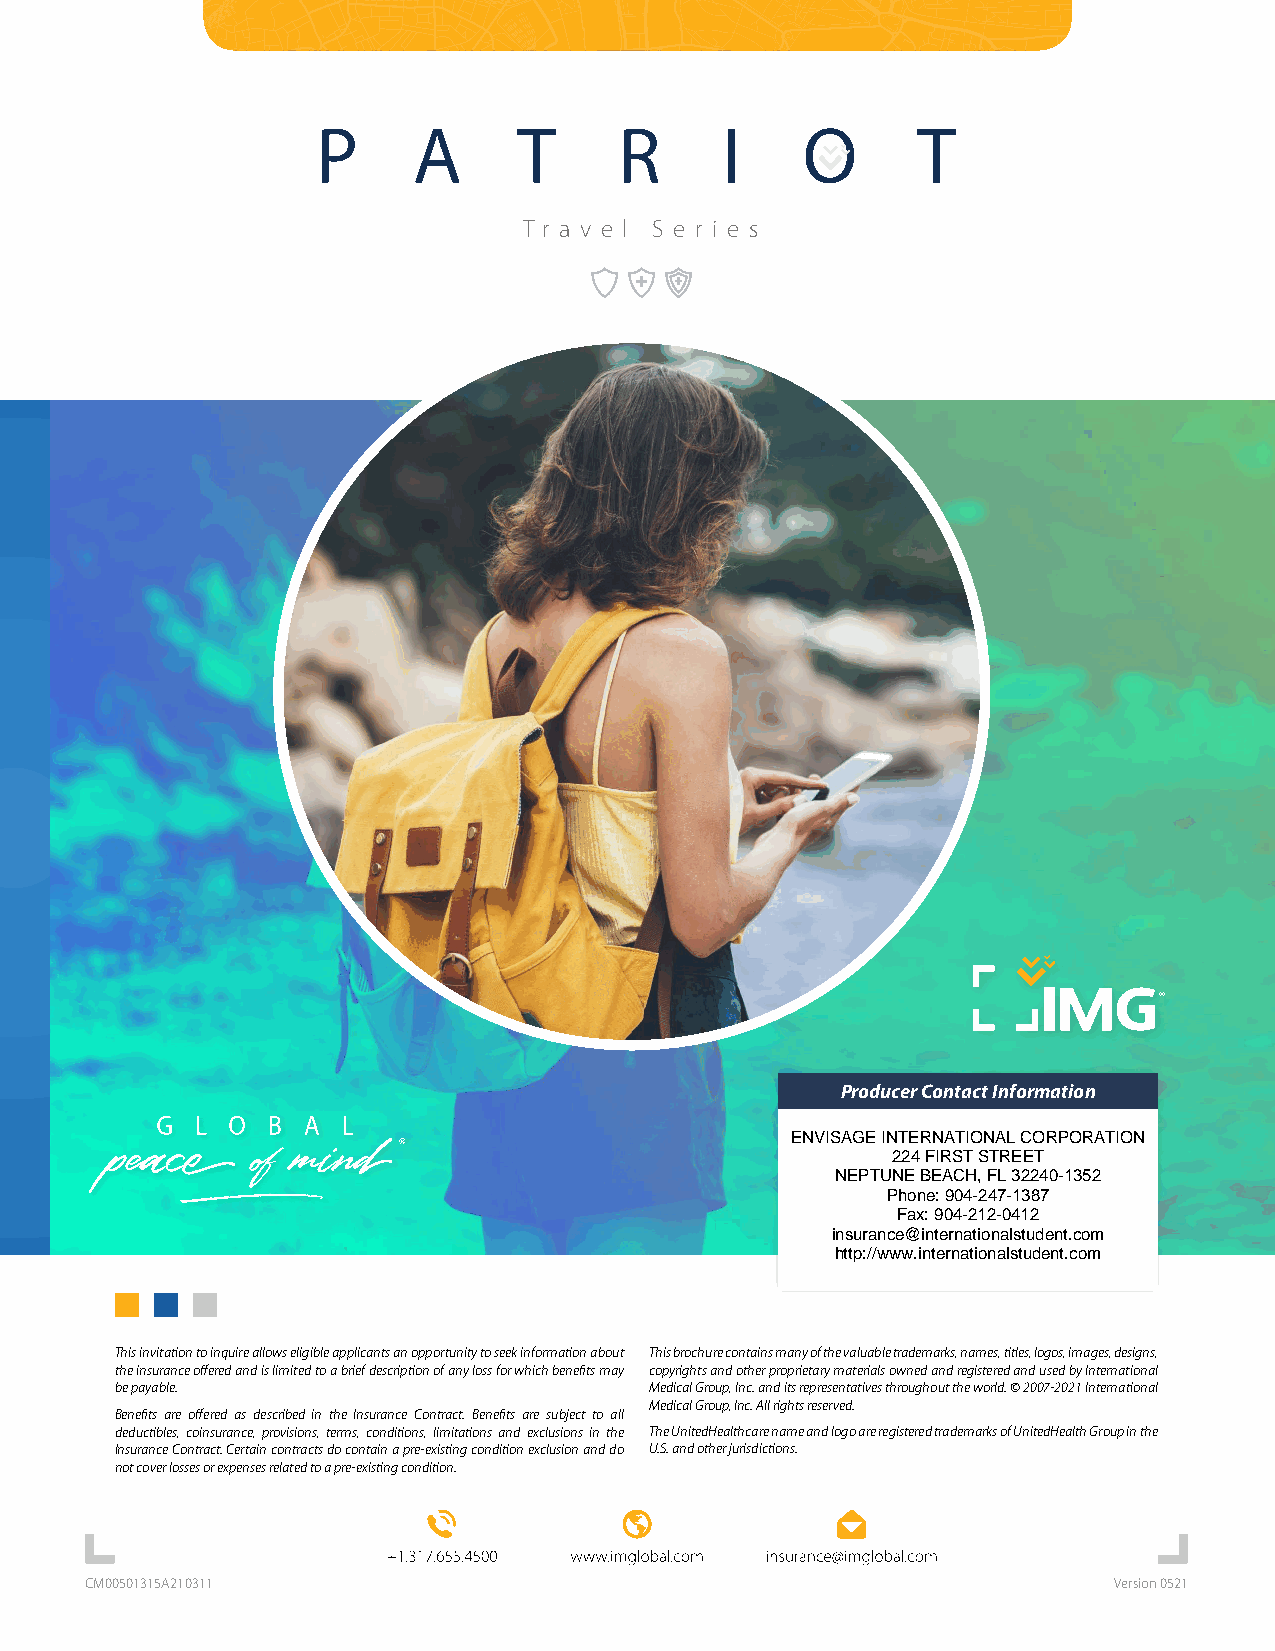
P     A      T      R      I    O       T
 T r a v e l S e r i e s
 Producer Contact Information
 ENVISAGE INTERNATIONAL CORPORATION
 224 FIRST STREET
 NEPTUNE BEACH, FL 32240-1352
 Phone: 904-247-1387
 Fax: 904-212-0412
 insurance@internationalstudent.com
 http://www.internationalstudent.com
 This invitation to inquire allows eligible applicants an opportunity to seek information about This brochure contains many of the valuable trademarks, names, titles, logos, images, designs,
 the insurance offered and is limited to a brief description of any loss for which benefits may copyrights and other proprietary materials owned and registered and used by International
 be payable.                        Medical Group, Inc. and its representatives throughout the world. © 2007-2021 International
 Medical Group, Inc. All rights reserved.
 Benefits are offered as described in the Insurance Contract. Benefits are subject to all
 deductibles, coinsurance, provisions, terms, conditions, limitations and exclusions in the The UnitedHealthcare name and logo are registered trademarks of UnitedHealth Group in the
 Insurance Contract. Certain contracts do contain a pre-existing condition exclusion and do U.S. and other jurisdictions.
 not cover losses or expenses related to a pre-existing condition.
 CM00501315A210311                                                   Version 0521